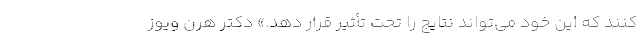
کنند که این خود می‌تواند نتایج را تحت تأثیر قرار دهد.» دکتر هرن ویوز